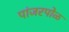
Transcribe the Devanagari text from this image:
पांजरपोळ